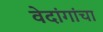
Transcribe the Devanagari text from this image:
वेदांगांचा